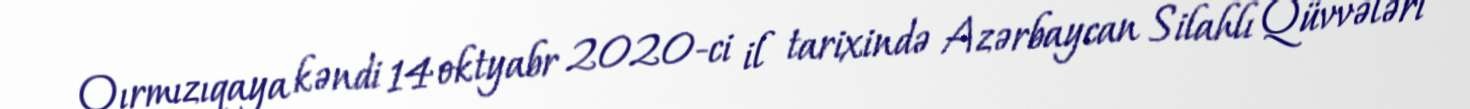
Qırmızıqaya kəndi 14 oktyabr 2020-ci il tarixində Azərbaycan Silahlı Qüvvələri